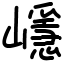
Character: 嶾